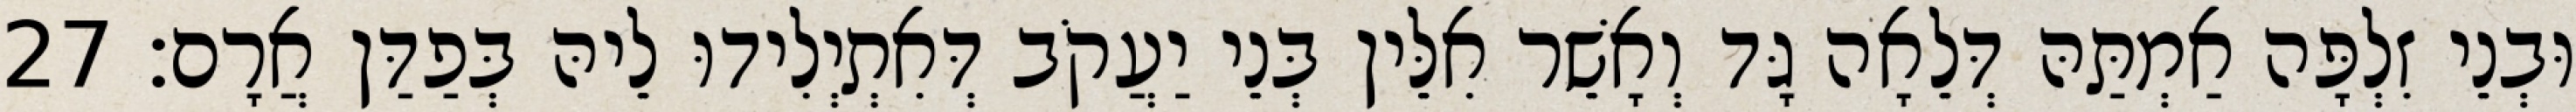
וּבְנֵי זִלְפָּה אַמְתַּהּ דְּלֵאָה גָּד וְאָשֵׁר אִלֵּין בְּנֵי יַעֲקֹב דְּאִתְיְלִידוּ לֵיהּ בְּפַדַּן אֲרָם׃ 27